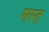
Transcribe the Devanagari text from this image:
मस्‍त